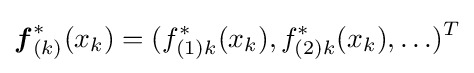
{\boldsymbol {f}}_{(k)}^{*}(x_{k})=(f_{(1)k}^{*}(x_{k}),f_{(2)k}^{*}(x_{k}),\ldots )^{T}